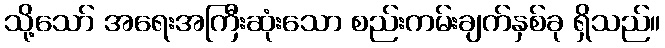
သို့သော် အရေးအကြီးဆုံးသော စည်းကမ်းချက်နှစ်ခု ရှိသည်။